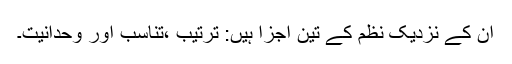
ان کے نزدیک نظم کے تین اجزا ہیں: ترتیب ،تناسب اور وحدانیت۔